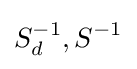
S_{d}^{-1},S^{-1}